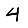
Digit: 4